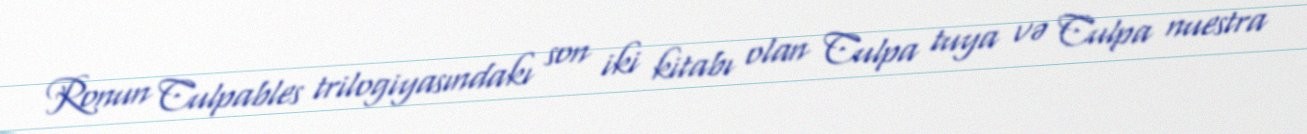
Ronun Culpables trilogiyasındakı son iki kitabı olan Culpa tuya və Culpa nuestra